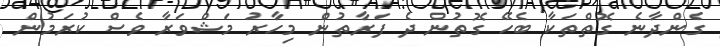
ގެންދާނެ ގޮތްތަކާ ބެހޭ ގޮތުން ދެ ފަރާތުން މިހާރު މަޝްވަރާ ވެސް ކުރަމުން